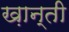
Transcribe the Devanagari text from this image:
ख़ान्ती